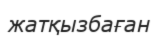
жатқызбаған